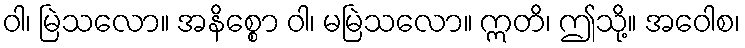
ဝါ၊ မြဲသလော။ အနိစ္စော ဝါ၊ မမြဲသလော။ ဣတိ၊ ဤသို့။ အဝေါစ၊